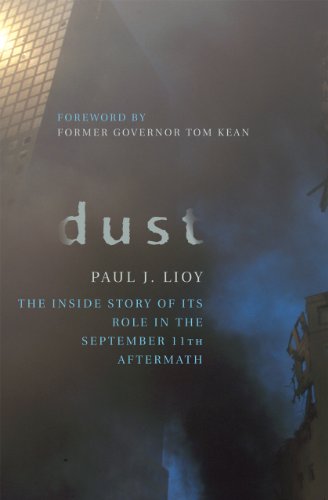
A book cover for Dust: The Inside Story of Its Role in the September 11th Aftermath; Paul Lioy; Health, Fitness & Dieting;